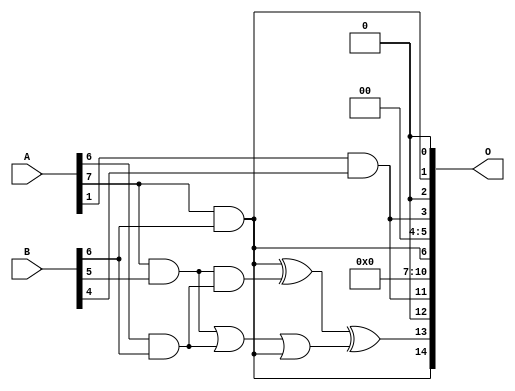
// This program was cloned from: https://github.com/ehw-fit/evoapproxlib
// License: MIT License

/***
* This code is a part of EvoApproxLib library (ehw.fit.vutbr.cz/approxlib) distributed under The MIT License.
* When used, please cite the following article(s): V. Mrazek, L. Sekanina, Z. Vasicek "Libraries of Approximate Circuits: Automated Design and Application in CNN Accelerators" IEEE Journal on Emerging and Selected Topics in Circuits and Systems, Vol 10, No 4, 2020 
* This file contains a circuit from a sub-set of pareto optimal circuits with respect to the pwr and mae parameters
***/
// MAE% = 6.79 %
// MAE = 2223 
// WCE% = 25.20 %
// WCE = 8258 
// WCRE% = 6325.00 %
// EP% = 98.82 %
// MRE% = 63.75 %
// MSE = 79116.74e2 
// PDK45_PWR = 0.0023 mW
// PDK45_AREA = 12.7 um2
// PDK45_DELAY = 0.08 ns

module mul8x7u_048 (
    A,
    B,
    O
);

input [7:0] A;
input [6:0] B;
output [14:0] O;

wire sig_69,sig_70,sig_95,sig_188,sig_189,sig_256,sig_258,sig_265,sig_267,sig_309;

assign sig_69 = A[6] & B[6];
assign sig_70 = A[7] & B[6];
assign sig_95 = A[7] & B[5];
assign sig_188 = sig_95 | sig_69;
assign sig_189 = sig_95 & sig_69;
assign sig_256 = B[6] & A[7];
assign sig_258 = sig_188 | sig_256;
assign sig_265 = A[1] & B[4];
assign sig_267 = sig_70 ^ sig_189;
assign sig_309 = sig_267 ^ sig_258;

assign O[14] = sig_70;
assign O[13] = sig_309;
assign O[12] = 1'b0;
assign O[11] = sig_265;
assign O[10] = 1'b0;
assign O[9] = 1'b0;
assign O[8] = 1'b0;
assign O[7] = 1'b0;
assign O[6] = sig_256;
assign O[5] = 1'b0;
assign O[4] = 1'b0;
assign O[3] = sig_265;
assign O[2] = 1'b0;
assign O[1] = sig_256;
assign O[0] = 1'b0;

endmodule